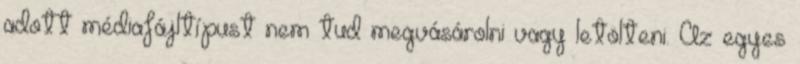
adott médiafájltípust nem tud megvásárolni vagy letölteni. Az egyes